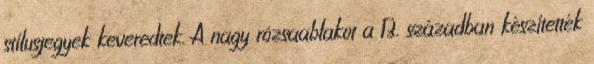
stílusjegyek keveredtek. A nagy rózsaablakot a 13. században készítették